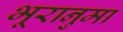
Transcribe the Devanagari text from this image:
भूरानुमा